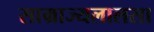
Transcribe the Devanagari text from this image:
साम्राज्यलालसा